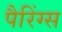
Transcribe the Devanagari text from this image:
पैरिंग्स